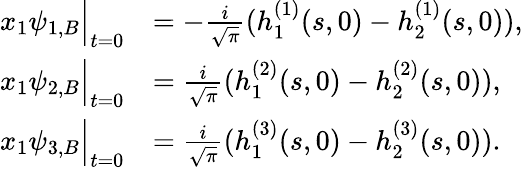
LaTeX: \begin{array}{rl}{x_{1}\psi_{1,B}\Big|_{t=0}}&{=-\frac{i}{\sqrt{\pi}}(h_{1}^{(1)}(s,0)-h_{2}^{(1)}(s,0)),}\\ {x_{1}\psi_{2,B}\Big|_{t=0}}&{=\frac{i}{\sqrt{\pi}}(h_{1}^{(2)}(s,0)-h_{2}^{(2)}(s,0)),}\\ {x_{1}\psi_{3,B}\Big|_{t=0}}&{=\frac{i}{\sqrt{\pi}}(h_{1}^{(3)}(s,0)-h_{2}^{(3)}(s,0)).}\end{array}